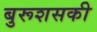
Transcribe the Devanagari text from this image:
बुरूशसकी